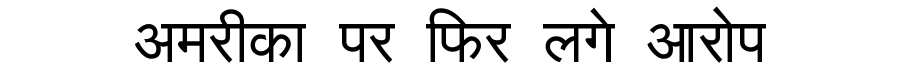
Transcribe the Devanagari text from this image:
अमरीका पर फिर लगे आरोप